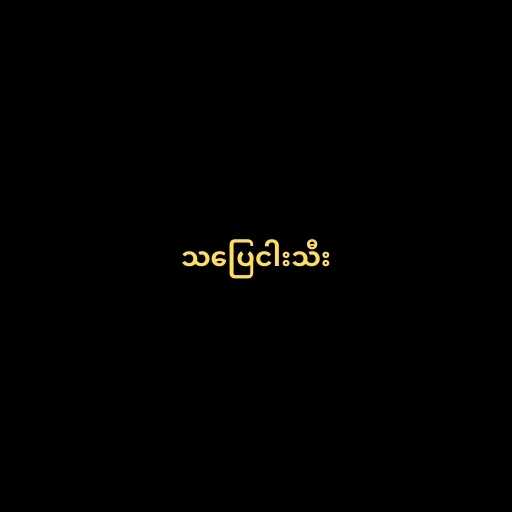
သပြေငါးသီး